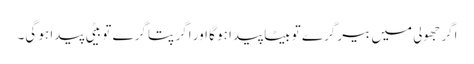
اگر جھولی میں بیر گرے تو بیٹا پیدا ہو گا اور اگر پتا گرے تو بیٹی پیدا ہو گی۔